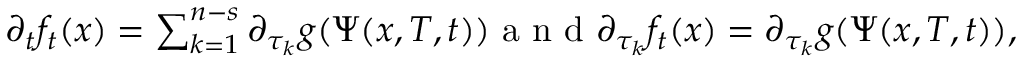
\begin{array} { r } { \partial _ { t } f _ { t } ( x ) = \sum _ { k = 1 } ^ { n - s } \partial _ { \tau _ { k } } g ( \Psi ( x , T , t ) ) \mathrm { ~ a ~ n ~ d ~ } \partial _ { \tau _ { k } } f _ { t } ( x ) = \partial _ { \tau _ { k } } g ( \Psi ( x , T , t ) ) , } \end{array}